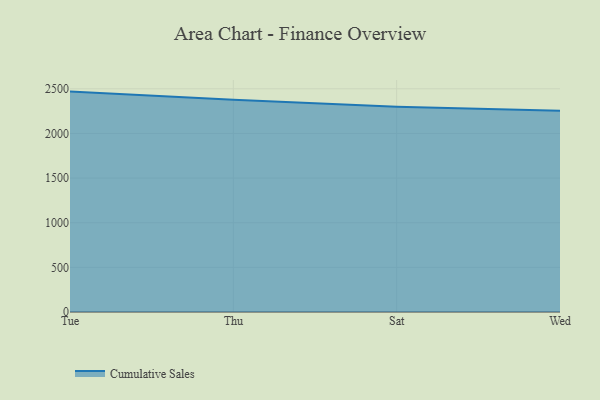
{"axis": {"x": "Day", "y": "Gross Profit (USD K)"}, "legend": ["Cumulative Sales"], "data": [{"x": "Tue", "y": 2468.6, "type": "Cumulative Sales"}, {"x": "Thu", "y": 2376.5, "type": "Cumulative Sales"}, {"x": "Sat", "y": 2299.5, "type": "Cumulative Sales"}, {"x": "Wed", "y": 2254.7, "type": "Cumulative Sales"}]}